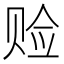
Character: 𫎨